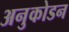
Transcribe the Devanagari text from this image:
अनुकोडन